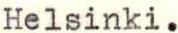
Helsinki.